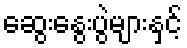
ဆွေးနွေးပွဲများနှင့်